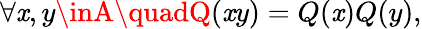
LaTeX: \forall\mathit{x},y\inA\quadQ(\mathit{x}y)=Q(\mathit{x})Q(y),